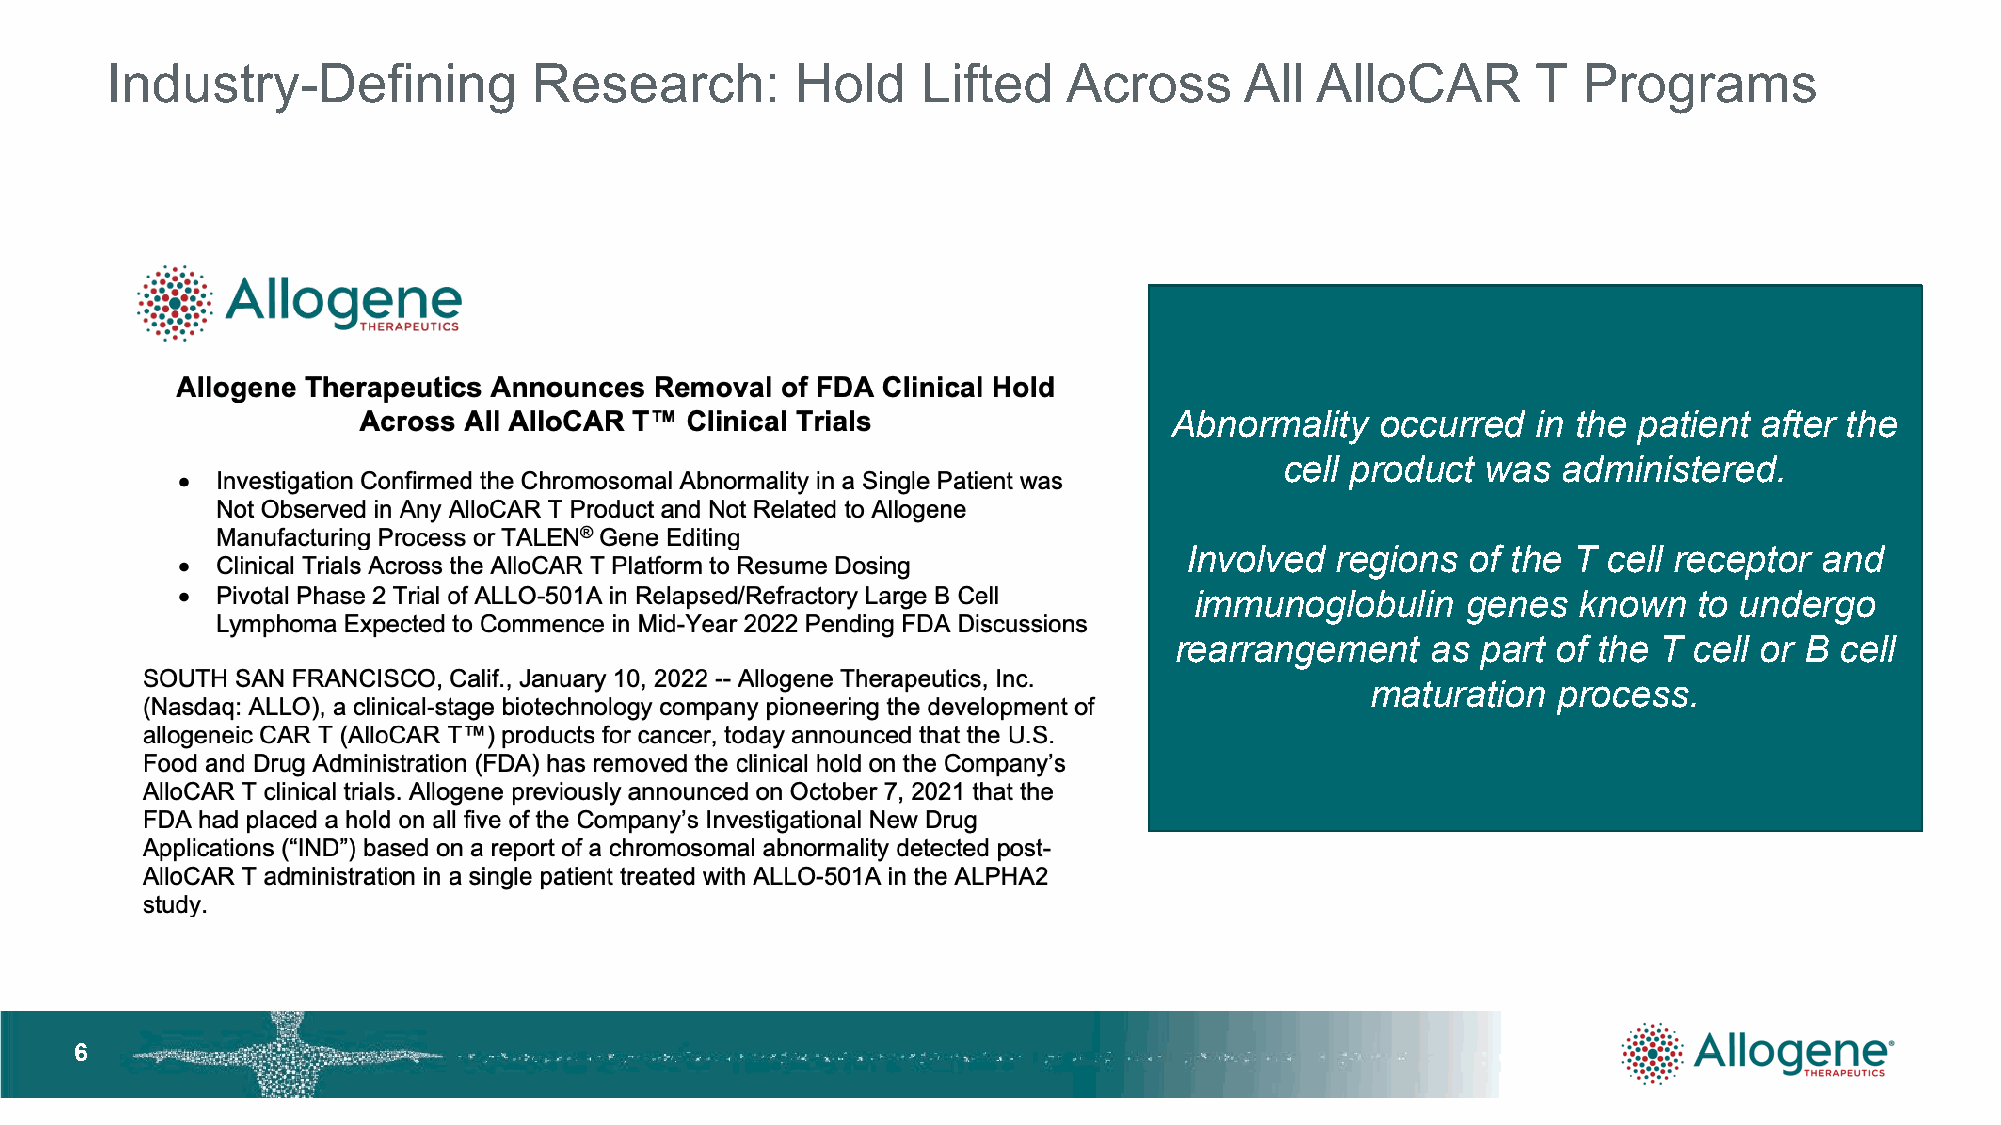
Industry-Defining           Research:         Hold    Lifted    Across     All  AlloCAR        T  Programs
 Abnormality  occurred   in the patient after the
 cell product was  administered.
 Involved  regions  of the T cell receptor  and
 immunoglobulin    genes  known   to undergo
 rearrangement    as part of the T cell or B cell
 maturation  process.
 66